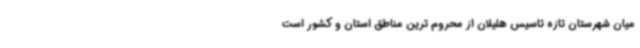
میان شهرستان تازه تاسیس هلیلان از محروم ترین مناطق استان و کشور است